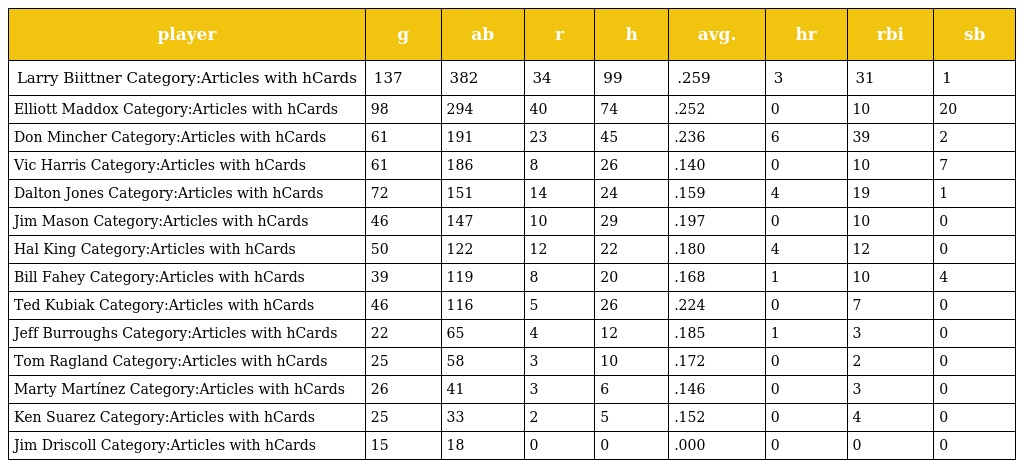
| player | g | ab | r | h | avg. | hr | rbi | sb |
 | --- | --- | --- | --- | --- | --- | --- | --- | --- |
 | Larry Biittner Category:Articles with hCards | 137 | 382 | 34 | 99 | .259 | 3 | 31 | 1 |
 | Elliott Maddox Category:Articles with hCards | 98 | 294 | 40 | 74 | .252 | 0 | 10 | 20 |
 | Don Mincher Category:Articles with hCards | 61 | 191 | 23 | 45 | .236 | 6 | 39 | 2 |
 | Vic Harris Category:Articles with hCards | 61 | 186 | 8 | 26 | .140 | 0 | 10 | 7 |
 | Dalton Jones Category:Articles with hCards | 72 | 151 | 14 | 24 | .159 | 4 | 19 | 1 |
 | Jim Mason Category:Articles with hCards | 46 | 147 | 10 | 29 | .197 | 0 | 10 | 0 |
 | Hal King Category:Articles with hCards | 50 | 122 | 12 | 22 | .180 | 4 | 12 | 0 |
 | Bill Fahey Category:Articles with hCards | 39 | 119 | 8 | 20 | .168 | 1 | 10 | 4 |
 | Ted Kubiak Category:Articles with hCards | 46 | 116 | 5 | 26 | .224 | 0 | 7 | 0 |
 | Jeff Burroughs Category:Articles with hCards | 22 | 65 | 4 | 12 | .185 | 1 | 3 | 0 |
 | Tom Ragland Category:Articles with hCards | 25 | 58 | 3 | 10 | .172 | 0 | 2 | 0 |
 | Marty Martínez Category:Articles with hCards | 26 | 41 | 3 | 6 | .146 | 0 | 3 | 0 |
 | Ken Suarez Category:Articles with hCards | 25 | 33 | 2 | 5 | .152 | 0 | 4 | 0 |
 | Jim Driscoll Category:Articles with hCards | 15 | 18 | 0 | 0 | .000 | 0 | 0 | 0 |